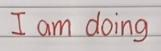
I am doing